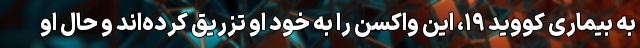
به بیماری کووید ۱۹، این واکسن را به خود او تزریق کرده‌اند و حال او